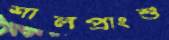
শালপ্রাংশু